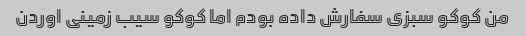
من کوکو سبزی سفارش داده بودم اما کوکو سیب زمینی اوردن